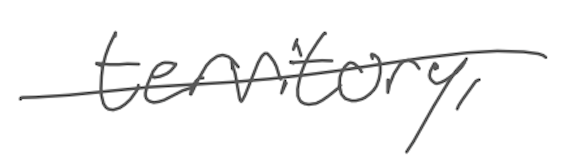
Text: territory,
Cross-out: single-line
Writing tool: digital_gray